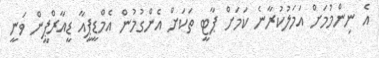
އެ ނިންމުމަށް އަމަލުކުރާނެ ކަމަށް ޕާޓީ ތަކަށް އެންގުމުން އެމްޑީޕީއާ ޑީއާރްޕީން ވަނީ